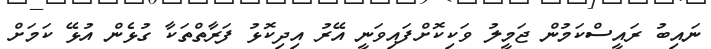
ނައިބު ރައީސްކަމުން ޖަމީލު ވަކިކޮށްފައިވަނީ އޭރު އިދިކޮޅު ފަރާތްތަކާ ގުޅެން އުޅޭ ކަމަށް